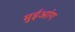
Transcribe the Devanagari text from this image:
मुईआंग